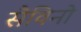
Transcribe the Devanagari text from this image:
सैविनो